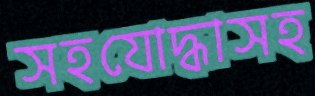
সহযোদ্ধাসহ